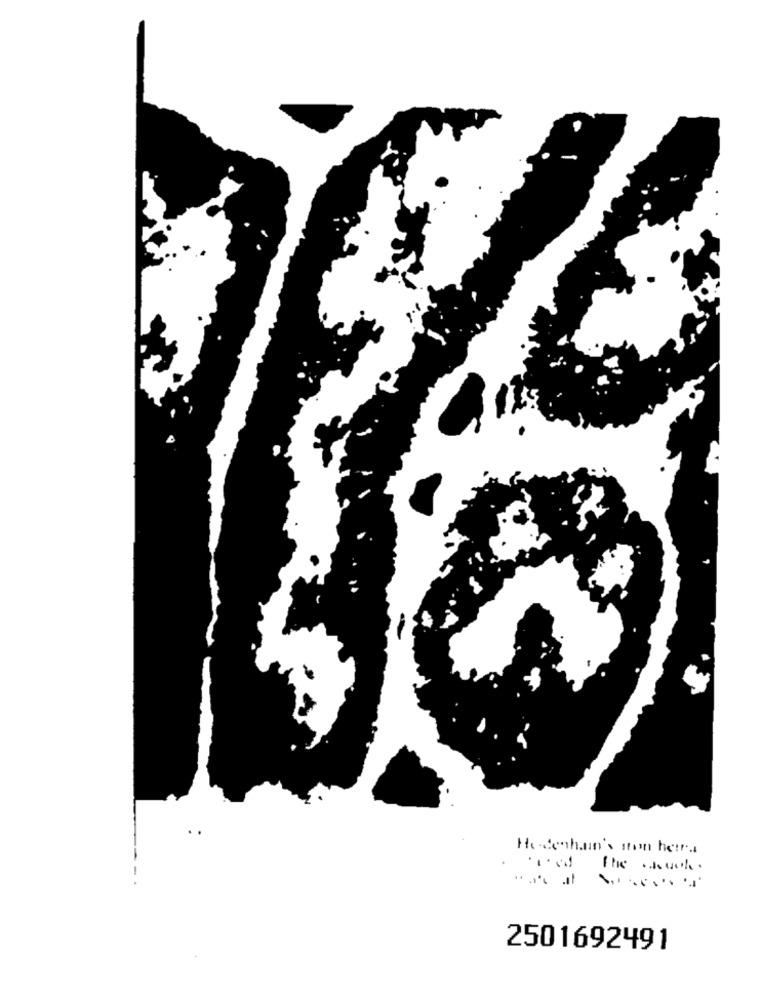
Hedenhun's ston hetr.
2501692491